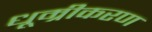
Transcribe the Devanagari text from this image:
धूम्रीकरण